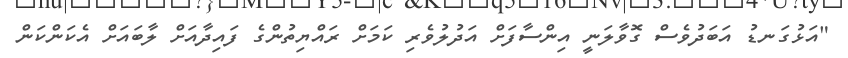
"އަޅުގަނޑު އަބަދުވެސް ގޮވާލަނީ އިންސާފަށް އަދުލުވެރި ކަމަށް ރައްޔިތުންގެ ފައިދާއަށް ލާބައަށް އެކަންކަން